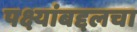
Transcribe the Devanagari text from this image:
पक्ष्यांबद्दलचा